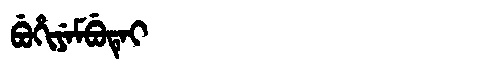
Manchu: ᠪᡠᡥᡳᠶᡝᠮᠪᡠᡨᡝᡳ
Romanization: BUHIYEMBUTEI